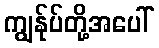
ကျွန်ုပ်တို့အပေါ်